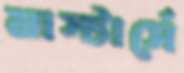
মাস্টার্সে